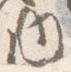
内